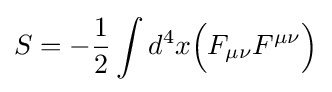
S=-{1 \over 2}\int d^{4}x{\Big (}F_{\mu \nu }F^{\mu \nu }{\Big )}